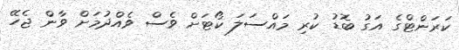
ކަރަންޓްގެ އަަގު ބޮޑު ކުރި މައްސަލަ ކޯޓަށް ވެސް ވެއްދުމަށް ވާން ޖެހޭ